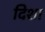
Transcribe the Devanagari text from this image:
दिशा